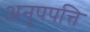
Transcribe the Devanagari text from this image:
अनुपपत्ति